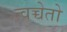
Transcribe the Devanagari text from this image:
त्वच्चेतो